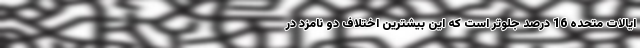
ایالات متحده 16 درصد جلوتر است که این بیشترین اختلاف دو نامزد در